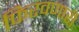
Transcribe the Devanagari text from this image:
फिरवणारी